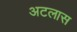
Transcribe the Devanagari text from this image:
अटलास